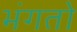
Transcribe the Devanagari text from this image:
भंगतो